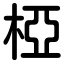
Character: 椏